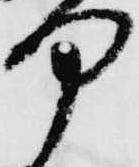
部